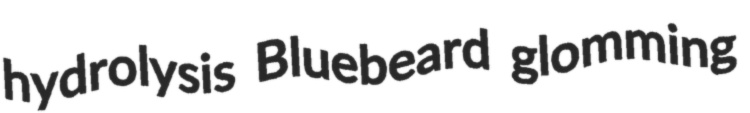
hydrolysis Bluebeard glomming